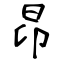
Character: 昂